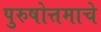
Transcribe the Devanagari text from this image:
पुरुषोत्तमाचे